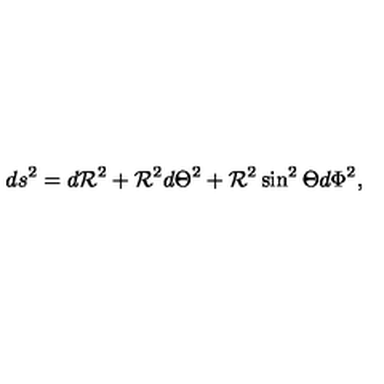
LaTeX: d s ^ { 2 } = d { { \cal R } } ^ { 2 } + { { \cal R } } ^ { 2 } d { \Theta } ^ { 2 } + { { \cal R } } ^ { 2 } \sin ^ { 2 } \Theta d \Phi ^ { 2 } ,